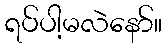
ရပ်ပါ့မလဲနော်။